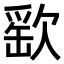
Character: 𣣳